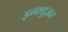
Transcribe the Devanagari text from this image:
इन्फ्युज़न